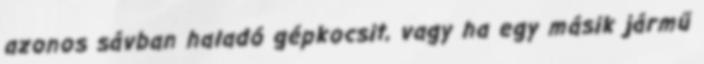
azonos sávban haladó gépkocsit, vagy ha egy másik jármű